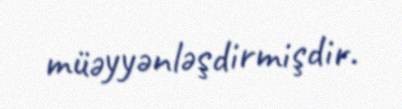
müəyyənləşdirmişdir.